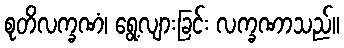
စုတိလက္ခဏံ၊ ရွေ့လျားခြင်း လက္ခဏာသည်။